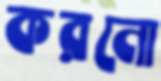
করনো